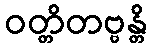
ဝတ္တိတဗ္ဗန္တိ